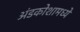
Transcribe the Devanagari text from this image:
अंडकोशामध्ये